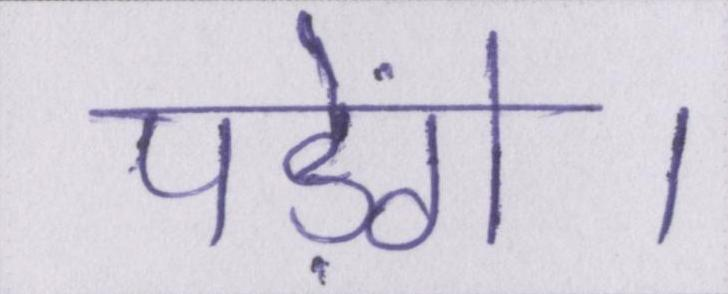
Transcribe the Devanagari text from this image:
पड़ेंगे।